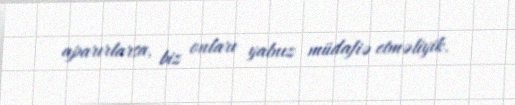
aparırlarsa, biz onları yalnız müdafiə etməliyik.